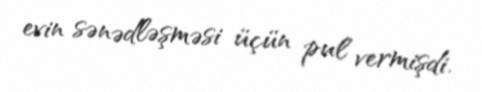
evin sənədləşməsi üçün pul vermişdi.